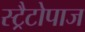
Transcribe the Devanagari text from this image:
स्ट्रैटोपाज